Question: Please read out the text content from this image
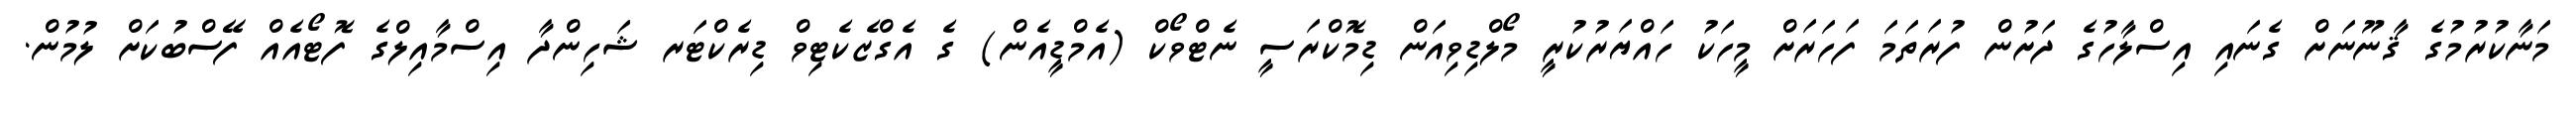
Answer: މަނާކުރުމުގެ ޤާނޫނަށް ގެނައި އިސްލާހުގެ ދަށުން ފުރަތަމަ ފަހަރަށް މީހަކު ހައްޔަރުކުރީ މޯލްޑިވިއަން ޑިމޮކްރަސީ ނެޓްވޯކް (އެމްޑީއެން) ގެ އެގްޒެކެޓިވް ޑިރެކްޓަރ ޝަހިންދާ އިސްމާއިލްގެ ފޮޓޯއެއް ފޭސްބުކަށް ލުމުން.